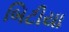
બિટીયા